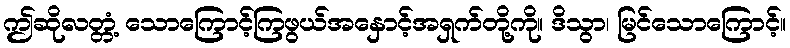
ဤဆိုလတ္တံ့ သောကြောင့်ကြဖွယ်အနှောင့်အရှက်တို့ကို။ ဒိသွာ၊ မြင်သောကြောင့်။